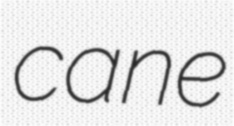
cane